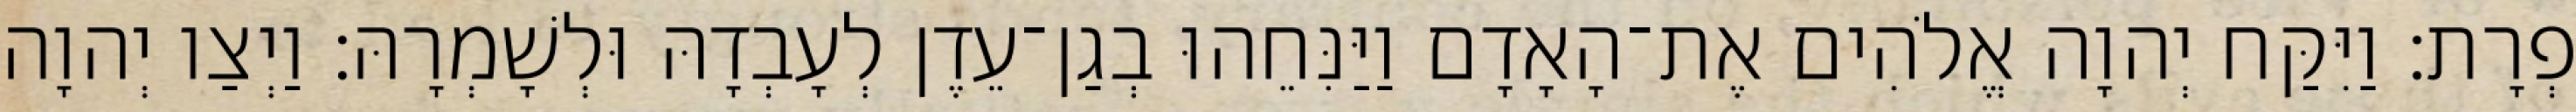
פְרָת׃ וַיִּקַּח יְהוָה אֱלֹהִים אֶת־הָאָדָם וַיַּנִּחֵהוּ בְגַן־עֵדֶן לְעָבְדָהּ וּלְשָׁמְרָהּ׃ וַיְצַו יְהוָה